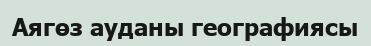
Аягөз ауданы географиясы